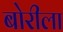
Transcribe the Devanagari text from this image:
बोरीला